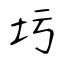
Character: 圬